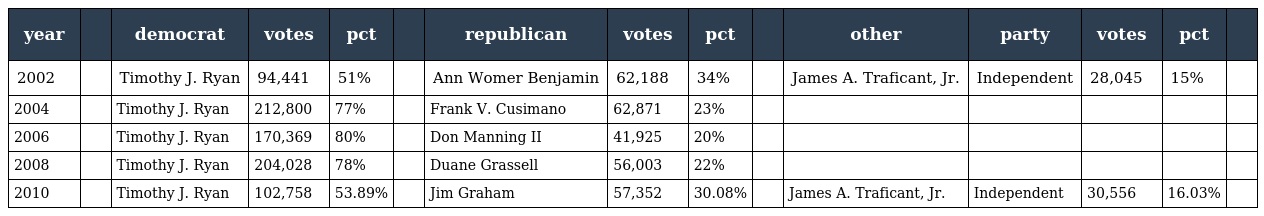
| year |  | democrat | votes | pct |  | republican | votes | pct |  | other | party | votes | pct |  |
 | --- | --- | --- | --- | --- | --- | --- | --- | --- | --- | --- | --- | --- | --- | --- |
 | 2002 |  | Timothy J. Ryan | 94,441 | 51% |  | Ann Womer Benjamin | 62,188 | 34% |  | James A. Traficant, Jr. | Independent | 28,045 | 15% |  |
 | 2004 |  | Timothy J. Ryan | 212,800 | 77% |  | Frank V. Cusimano | 62,871 | 23% |  |  |  |  |  |  |
 | 2006 |  | Timothy J. Ryan | 170,369 | 80% |  | Don Manning II | 41,925 | 20% |  |  |  |  |  |  |
 | 2008 |  | Timothy J. Ryan | 204,028 | 78% |  | Duane Grassell | 56,003 | 22% |  |  |  |  |  |  |
 | 2010 |  | Timothy J. Ryan | 102,758 | 53.89% |  | Jim Graham | 57,352 | 30.08% |  | James A. Traficant, Jr. | Independent | 30,556 | 16.03% |  |